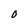
Character: 0